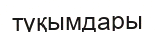
түқымдары